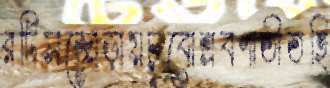
রটিসজোড়ায়চুবোশ্রবণাতীতহি